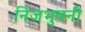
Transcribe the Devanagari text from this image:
निजभुवनीं